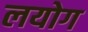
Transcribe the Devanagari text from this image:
लयोग